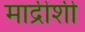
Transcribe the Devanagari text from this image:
माद्रीशी